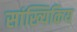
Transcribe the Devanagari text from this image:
सांख्यिकिय